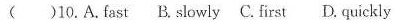
( )10.A.Fast B. Slowly C. First D. Quickly